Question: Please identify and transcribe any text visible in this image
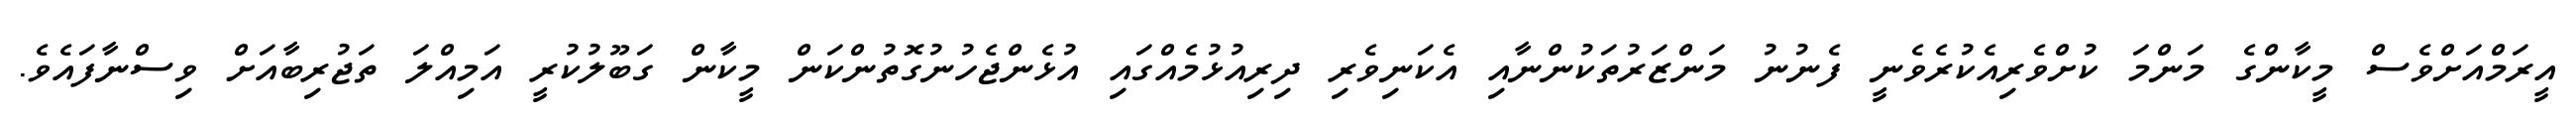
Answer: އީރަމްއަށްވެސް މީކާންގެ މަންމަ ކުށްވެރިއެކުރެވެނީ ފެނުނު މަންޒަރުތަކުންނާއި އެކަނިވެރި ދިރިއުޅުމެއްގައި އުޅެންޖެހުނުގޮތުންކަން މީކާން ގަބޫލުކުރީ އަމިއްލަ ތަޖުރިބާއަށް ވިސްނާފައެވެ.